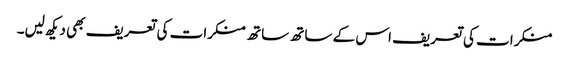
منکرات کی تعریف اس کے ساتھ ساتھ منکرات کی تعریف بھی دیکھ لیں۔